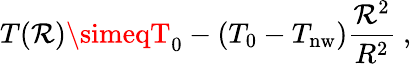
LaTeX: T(\mathcal{R})\simeqT_{0}-(T_{0}-T_{\mathrm{{nw}}})\frac{{\mathcal{R}^{2}}}{{R^{2}}}\ ,